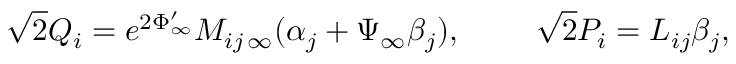
\sqrt { 2 } Q _ { i } = e ^ { 2 \Phi _ { \infty } ^ { \prime } } M _ { i j \, \infty } ( \alpha _ { j } + \Psi _ { \infty } \beta _ { j } ) , \ \ \ \ \ \ \ \sqrt { 2 } P _ { i } = L _ { i j } { \beta } _ { j } ,